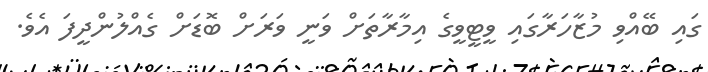
ގައި ބޭއްވި މުޒާހަރާގައި ވީޓީވީގެ އިމާރާތަށް ވަނީ ވަރަށް ބޮޑަށް ގެއްލުންދީފަ އެވެ.